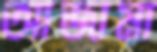
আজামা